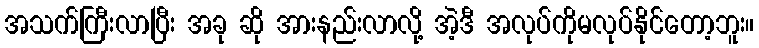
အသက်ကြီးလာပြီး အခု ဆို အားနည်းလာလို့ အဲ့ဒီ အလုပ်ကိုမလုပ်နိုင်တော့ဘူး။